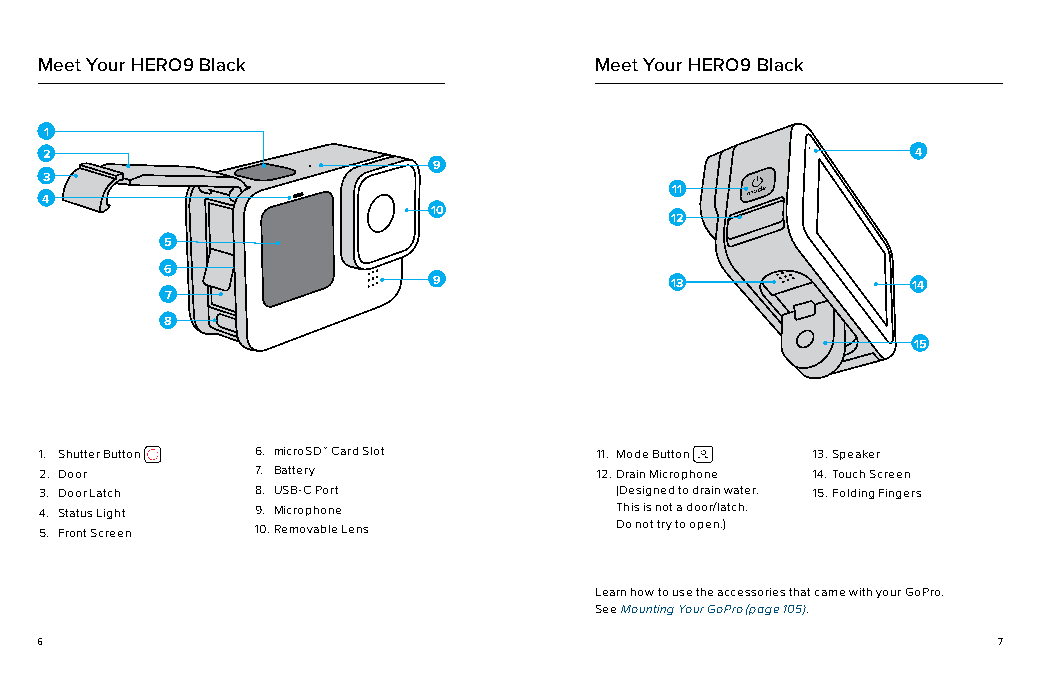
Meet Your HERO9 Black                Meet Your HERO9 Black
 1
 2                                                         4
 9
 3
 11
 4
 10
 12
 5
 6
 9              13              14
 7
 8
 15
 1. Shutter Button 6. microSD™ Card Slot 11. Mode Button 13. Speaker
 2. Door       7. Battery            12. Drain Microphone 14. Touch Screen
 3. Door Latch 8. USB-C Port           (Designed to drain water. 15. Folding Fingers
 4. Status Light 9. Microphone         This is not a door/latch.
 5. Front Screen 10. Removable Lens    Do not try to open.)
 Learn how to use the accessories that came with your GoPro.
 See Mounting Your GoPro (page 105).
 6                                                               7